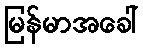
မြန်မာအခေါ်